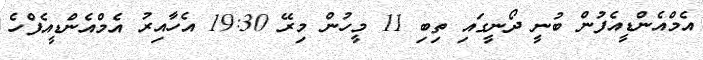
އެމްއެންޑީއެފުން ބުނީ ދޯނީގައި ތިބި 11 މީހުން މިރޭ 19:30 އެހާއިރު އެމްއެންޑީއެފްހެ